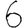
Digit: 6